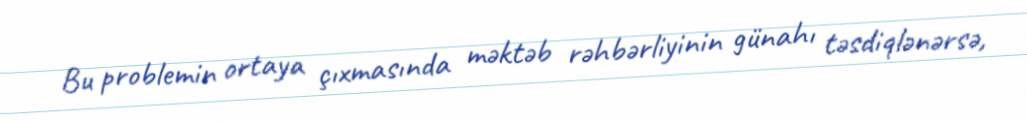
Bu problemin ortaya çıxmasında məktəb rəhbərliyinin günahı təsdiqlənərsə,